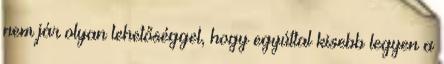
nem jár olyan lehetőséggel, hogy egyúttal kisebb legyen a